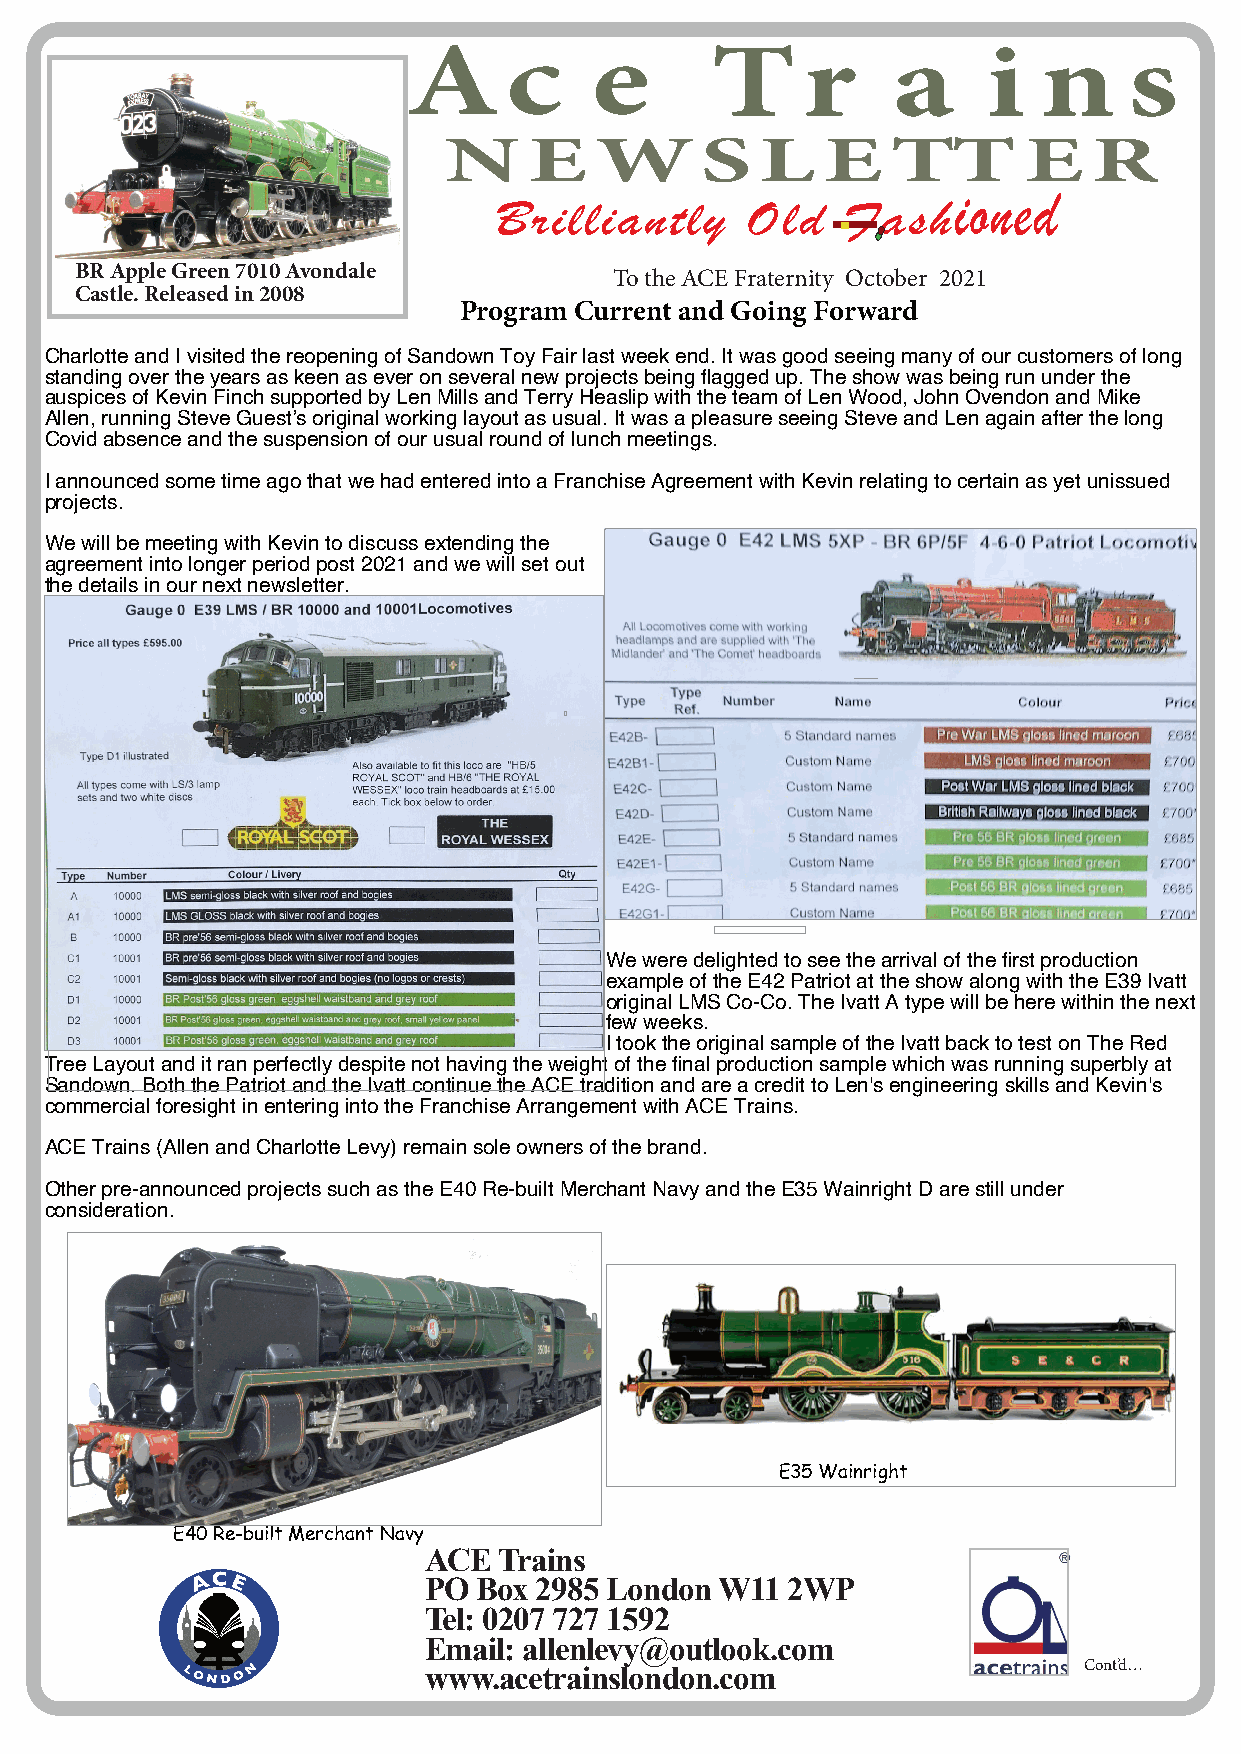
A     c     e       T     r     a     i   n     s
 N     E   WS         L   E    TT       E   R
 ioned
 Brilliantly     Old    Fash
 BRAppleGreen7010Avondale
 TotheACEFraternity October 2021
 Castle.Releasedin2008
 Program Current and Going Forward
 CharlotteandIvisitedthereopeningofSandownToyFairlastweekend.Itwasgoodseeingmanyofourcustomersoflong
 standingovertheyearsaskeenaseveronseveralnewprojectsbeingflaggedup.Theshowwasbeingrununderthe
 auspicesofKevinFinchsupportedbyLenMillsandTerryHeaslipwiththeteamofLenWood,JohnOvendonandMike
 Allen,runningSteveGuest’soriginalworkinglayoutasusual.ItwasapleasureseeingSteveandLenagainafterthelong
 Covidabsenceandthesuspensionofourusualroundoflunchmeetings.
 IannouncedsometimeagothatwehadenteredintoaFranchiseAgreementwithKevinrelatingtocertainasyetunissued
 projects.
 WewillbemeetingwithKevintodiscussextendingthe
 agreementintolongerperiodpost2021andwewillsetout
 thedetailsinournextnewsletter.
 Weweredelightedtoseethearrivalofthefirstproduction
 exampleoftheE42PatriotattheshowalongwiththeE39Ivatt
 originalLMSCo-Co.TheIvattAtypewillbeherewithinthenext
 fewweeks.
 ItooktheoriginalsampleoftheIvattbacktotestonTheRed
 TreeLayoutanditranperfectlydespitenothavingtheweightofthefinalproductionsamplewhichwasrunningsuperblyat
 Sandown.BoththePatriotandtheIvattcontinuetheACEtraditionandareacredittoLen'sengineeringskillsandKevin's
 commercialforesightinenteringintotheFranchiseArrangementwithACETrains.
 ACETrains(AllenandCharlotteLevy)remainsoleownersofthebrand.
 Otherpre-announcedprojectssuchastheE40Re-builtMerchantNavyandtheE35WainrightDarestillunder
 consideration.
 E35Wainright
 E40Re-builtMerchantNavy
 ACETrains
 PO  Box 2985 LondonW11  2WP
 Tel: 0207 727 1592
 Email: allenlevy@outlook.com
 www.acetrainslondon.com                     Cont’d…